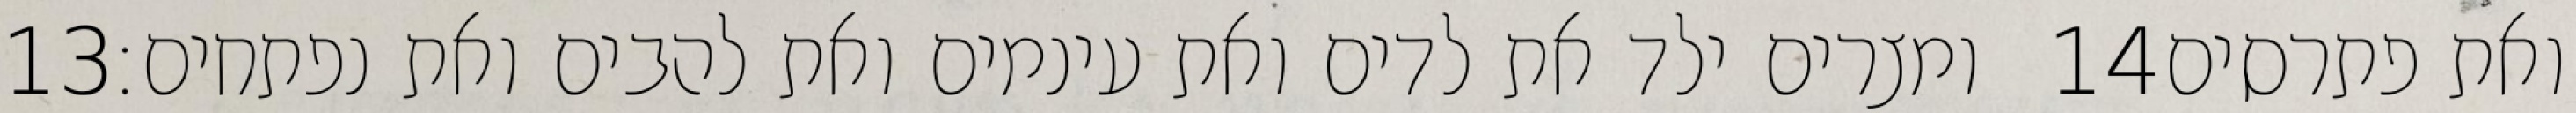
‎13‏ ומצרים ילד את לדים ואת עינמים ואת להבים ואת נפתחים׃ ‎14‏ ואת פתרסים